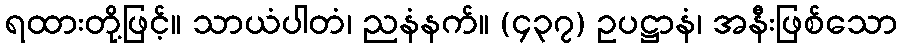
ရထားတို့ဖြင့်။ သာယံပါတံ၊ ညနံနက်။ (၄၃၇) ဥပဋ္ဌာနံ၊ အနီးဖြစ်သော